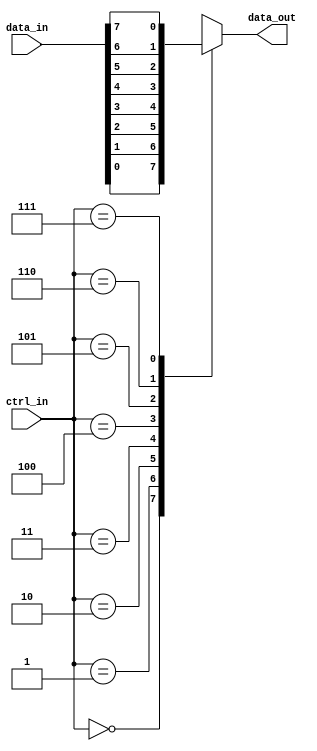
module multiplexer_8to1 (
    input [7:0] data_in, // 8 data inputs
    input [2:0] ctrl_in, // 3 control inputs
    output reg data_out // 1 output
);

always @(*)
begin
    case(ctrl_in)
        3'b000: data_out = data_in[0];
        3'b001: data_out = data_in[1];
        3'b010: data_out = data_in[2];
        3'b011: data_out = data_in[3];
        3'b100: data_out = data_in[4];
        3'b101: data_out = data_in[5];
        3'b110: data_out = data_in[6];
        3'b111: data_out = data_in[7];
    endcase
end

endmodule